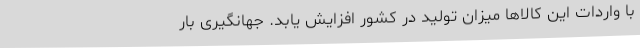
با واردات این کالاها میزان تولید در کشور افزایش یابد. جهانگیری بار